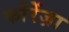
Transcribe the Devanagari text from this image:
फोरेंज़ा